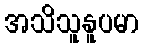
အသိသူနူပမာ